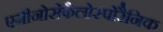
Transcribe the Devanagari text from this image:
एमीनोसेफैलोस्पोरैनिक